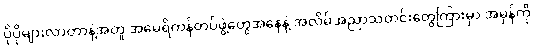
ပိုပိုများလာတာနဲ့အတူ အမေရိကန်တပ်ဖွဲ့တွေအနေနဲ့ အလိမ်အညာသတင်းတွေကြားမှာ အမှန်ကို